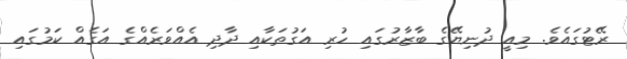
ރޭޓުގައެވެ. މިއީ ދުނިޔޭގެ ބާޒާރުގައި ހުރި އަގުތަކާއި ދާދި އެއްވަރެއްގެ އަގެއް ކަމުގައި